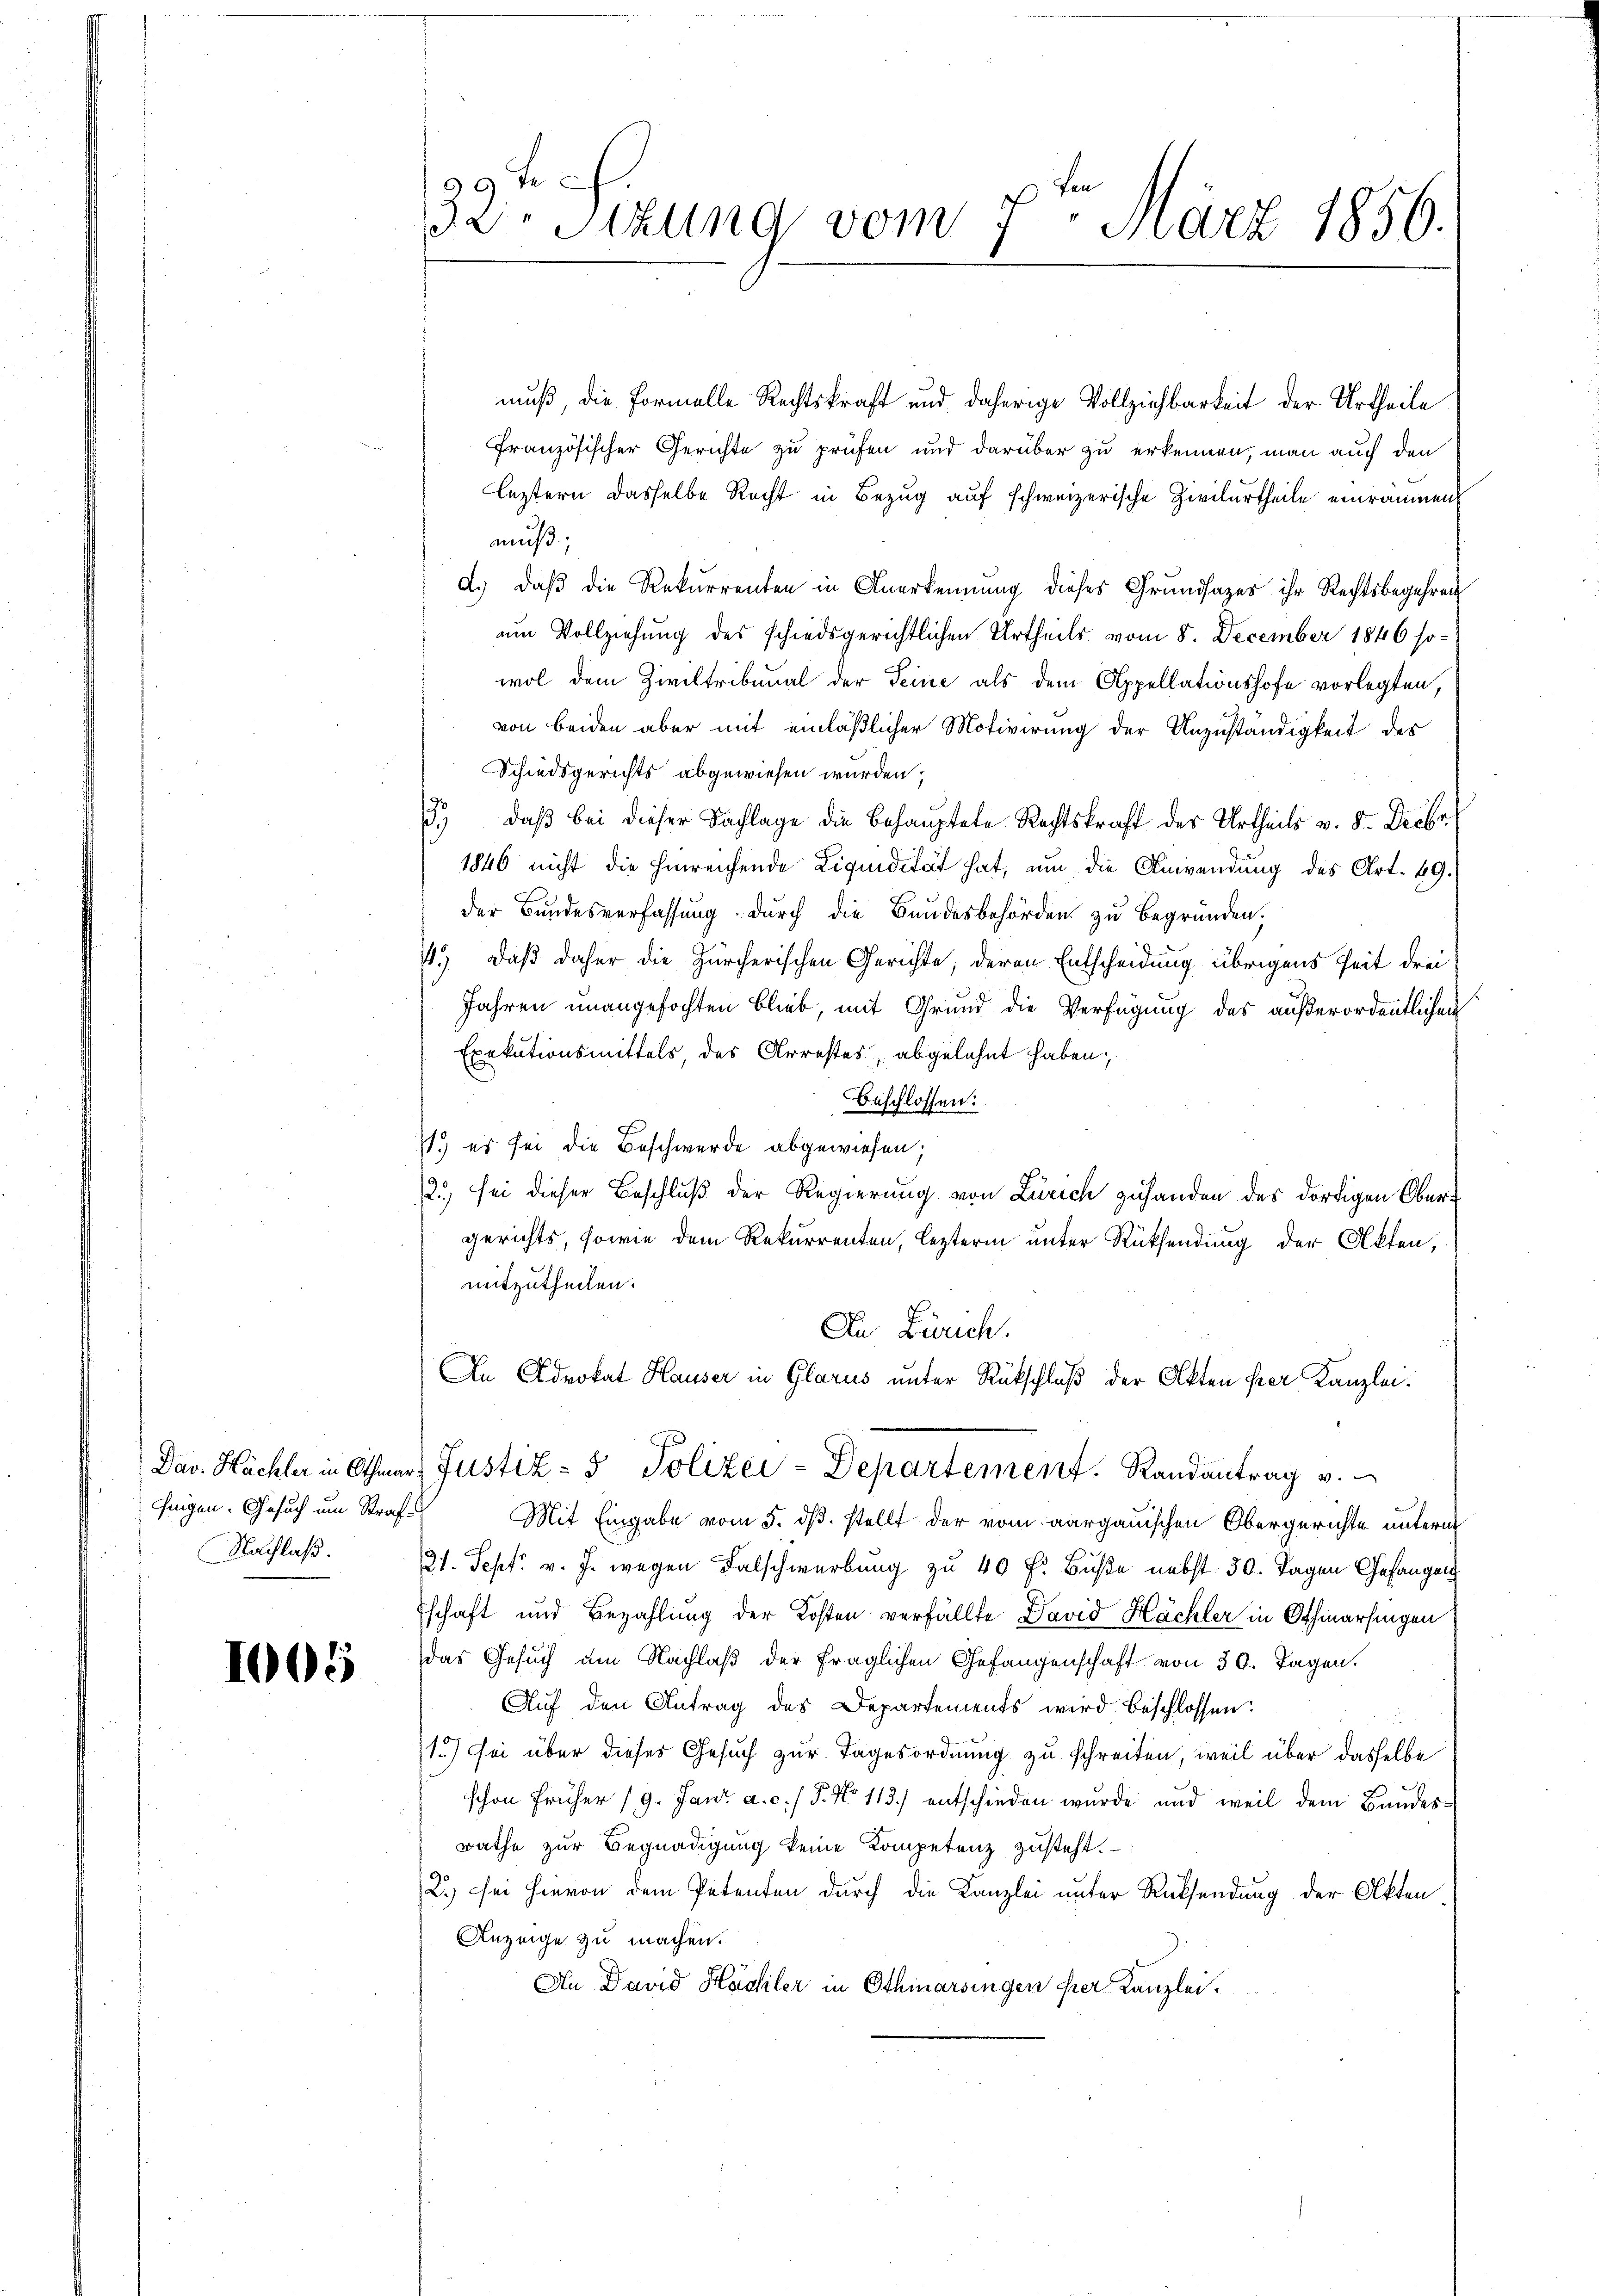
Einigen. Gesuch um Straf
Nachlaß.

1005

muß, die Formelle Rechtskraft und daherige Vollziehbarkeit der Urtheile
französischer Gerichte zu prüfen und darüber zu erkennen, man auch den
leztern dasselbe Recht in Bezug auf schweizerische Zivilurtheile einräumen,
muß;
d.) daß die Rekurrenten in Anerkennung dieses Grundsazes ihr Rechtsbegehren
um Vollziehung des schiedsgerichtlichen Urtheils vom 8. December 1846 so-
wol dem Ziviltribunal der Seine als dem Appellationshofe vorlegten.
von beiden aber mit einläßlicher Motivirung der Unzuständigkeit des
Schiedsgerichts abgewiesen wurden;
3. daβ bei dieser Sachlage die Behauptete Rechtskraft des Urtheils v. 8. Decbr.
1846 nicht die hinreichende Liquidität hat, um die Anwendung des Art. 49.
der Bundesverfassung durch die Bundesbehörden zu begründen,
4.) Daß daher die Zürcherischen Gerichte, deren Entscheidung übrigens Zeit drei¬
Jahren unangefochten Blieb, mit Grund die Verfügung des außerordentlichen
Exekutionsmittels, des Arrestes, abgelehnt haben;
beschlossen:
1.) es sei die Beschwerde abgewiesen;
12.) sei dieser Beschluß der Regierung von Zürich zu handen des dortigen Obergerichts, sowie dem Rekurrenten, lezterm unter Rücksendung der Akten,
mitzutheilen.
An Zürich.
An Advokat Hauser in Glarus unter Rückschluß der Akten per Kanzlei.
Dav. Hächler in Othmar Justiz- & Polizei-Departement. Randantrag v.
Mit Eingabe vom 5. ds. stellt der vom aargauischen Obergerichte unterm
21. Sept. v. J. wegen Falschwerbung zu 40 f. Buße nebst 50. Tagen Gefangen
schaft und Bezahlung der Kosten verfällte David Hächler in Othmarsingen
das Gesuch um Nachlaß der fraglichen Gefangenschaft von 30. Tagen.
Auf den Antrag des Departements wird beschlossen:
1) sei über dieses Gesuch zur Tagesordnung zu schreiten, weil über dasselbe
schon früher (9. Jan. a. c. / P. No 113.) entschieden wurde und weil dem Bandesrathe zŭr Begnadigŭng keine Kompetenz zŭsteht.
2.) Sei hievon dem Petenten durch die Kanzlei unter Rücksendung der Akten
Anzeige zu machen.
An David Hächler in Othmarsingen per Kanzlei.

199 f
d
32 Stzung vom 7. März 1856.